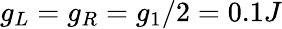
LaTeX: g_{L}=g_{R}=g_{1}/2=0.1J